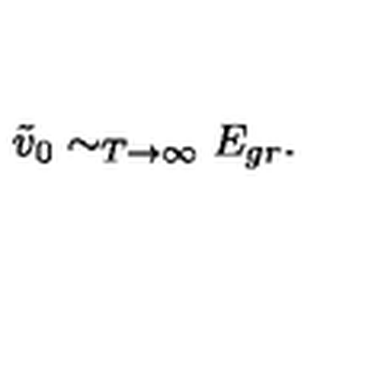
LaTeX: \tilde { v } _ { 0 } \sim _ { T \to \infty } E _ { g r } .